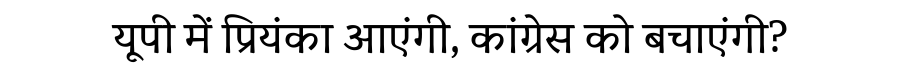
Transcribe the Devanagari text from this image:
यूपी में प्रियंका आएंगी, कांग्रेस को बचाएंगी?